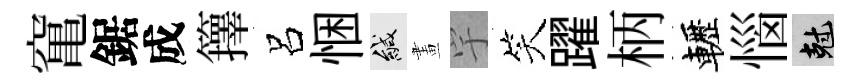
𥧄鋸成籜呂悃緘畫宇笑躍柄轣惱剋